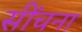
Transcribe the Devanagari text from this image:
सींचना